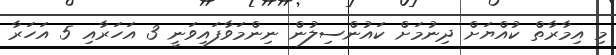
މި އިމާރާތް ކުއްޔަށް ދިނުމަށް ކައުންސިލުން ނިންމަވާފައިވަނީ 3 އަހަރާއި 5 އަހަރާ